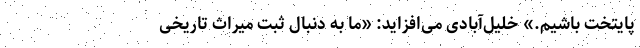
پایتخت باشیم.» خلیل‌آبادی می‌افزاید: «ما به‌ دنبال ثبت میراث تاریخی